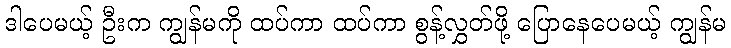
ဒါပေမယ့် ဦးက ကျွန်မကို ထပ်ကာ ထပ်ကာ စွန့်လွှတ်ဖို့ ပြောနေပေမယ့် ကျွန်မ